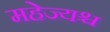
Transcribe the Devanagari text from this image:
महेज्यश्च